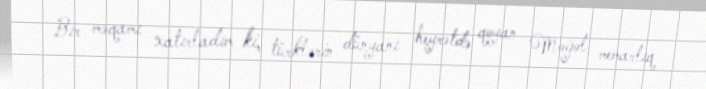
Bir məqamı xatırladım ki, türklərin dünyanı heyrətdə qoyan Moğol memarlıq